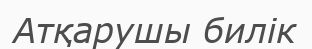
Атқарушы билік